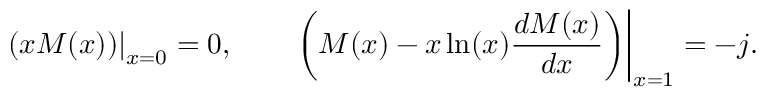
\left. \left( x M ( x ) \right) \right| _ { x = 0 } = 0 , \qquad \left. \left( M ( x ) - x \ln ( x ) \frac { d M ( x ) } { d x } \right) \right| _ { x = 1 } = - j .